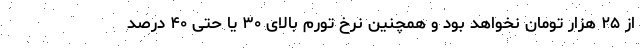
از ۲۵ هزار تومان نخواهد بود و همچنین نرخ تورم بالای ۳۰ یا حتی ۴۰ درصد